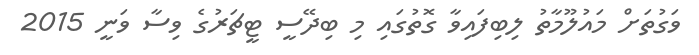
ވަގުތަށް މައުލޫމާތު ލިބިފައިވާ ގޮތުގައި މި ބިދޭސީ ޓީޗަރުގެ ވިސާ ވަނީ 2015